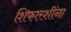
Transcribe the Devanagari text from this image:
शिफारशींना